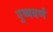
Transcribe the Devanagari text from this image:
पुष्पवर्ण